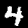
Digit: 4